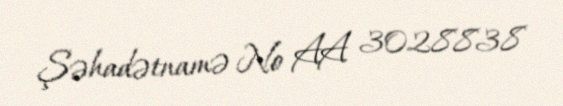
Şəhadətnamə № AA 3028838